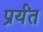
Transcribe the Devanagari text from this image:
प्रर्यंत